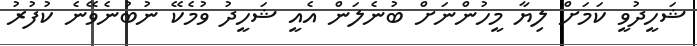
ޝަހީދުވީ ކަަމަށް ލިޔާ މީހުންނަށް ބުނެލަން އެއީ ޝަހީދު ވުމެކޭ ނުބުނެވޭނެ ކުފުރު